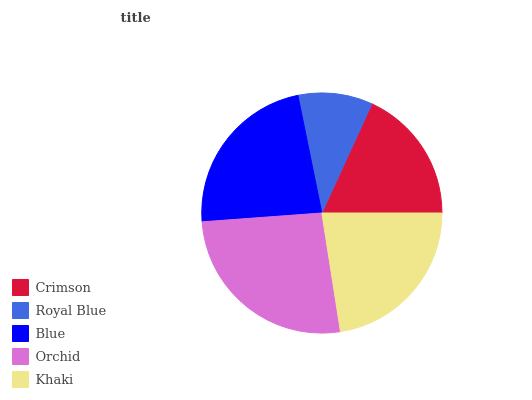
| Crimson | Royal Blue | Blue | Orchid | Khaki |
 | --- | --- | --- | --- | --- |
 | 18.1% | 10% | 22.9% | 26.3% | 22.6% |